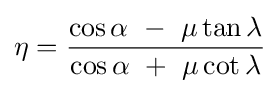
\eta ={\frac {\cos \alpha \ -\ \mu \tan \lambda }{\cos \alpha \ +\ \mu \cot \lambda }}